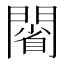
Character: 𨵥